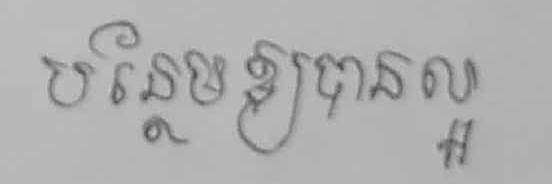
បន្ថែមឲ្យបានល្អ